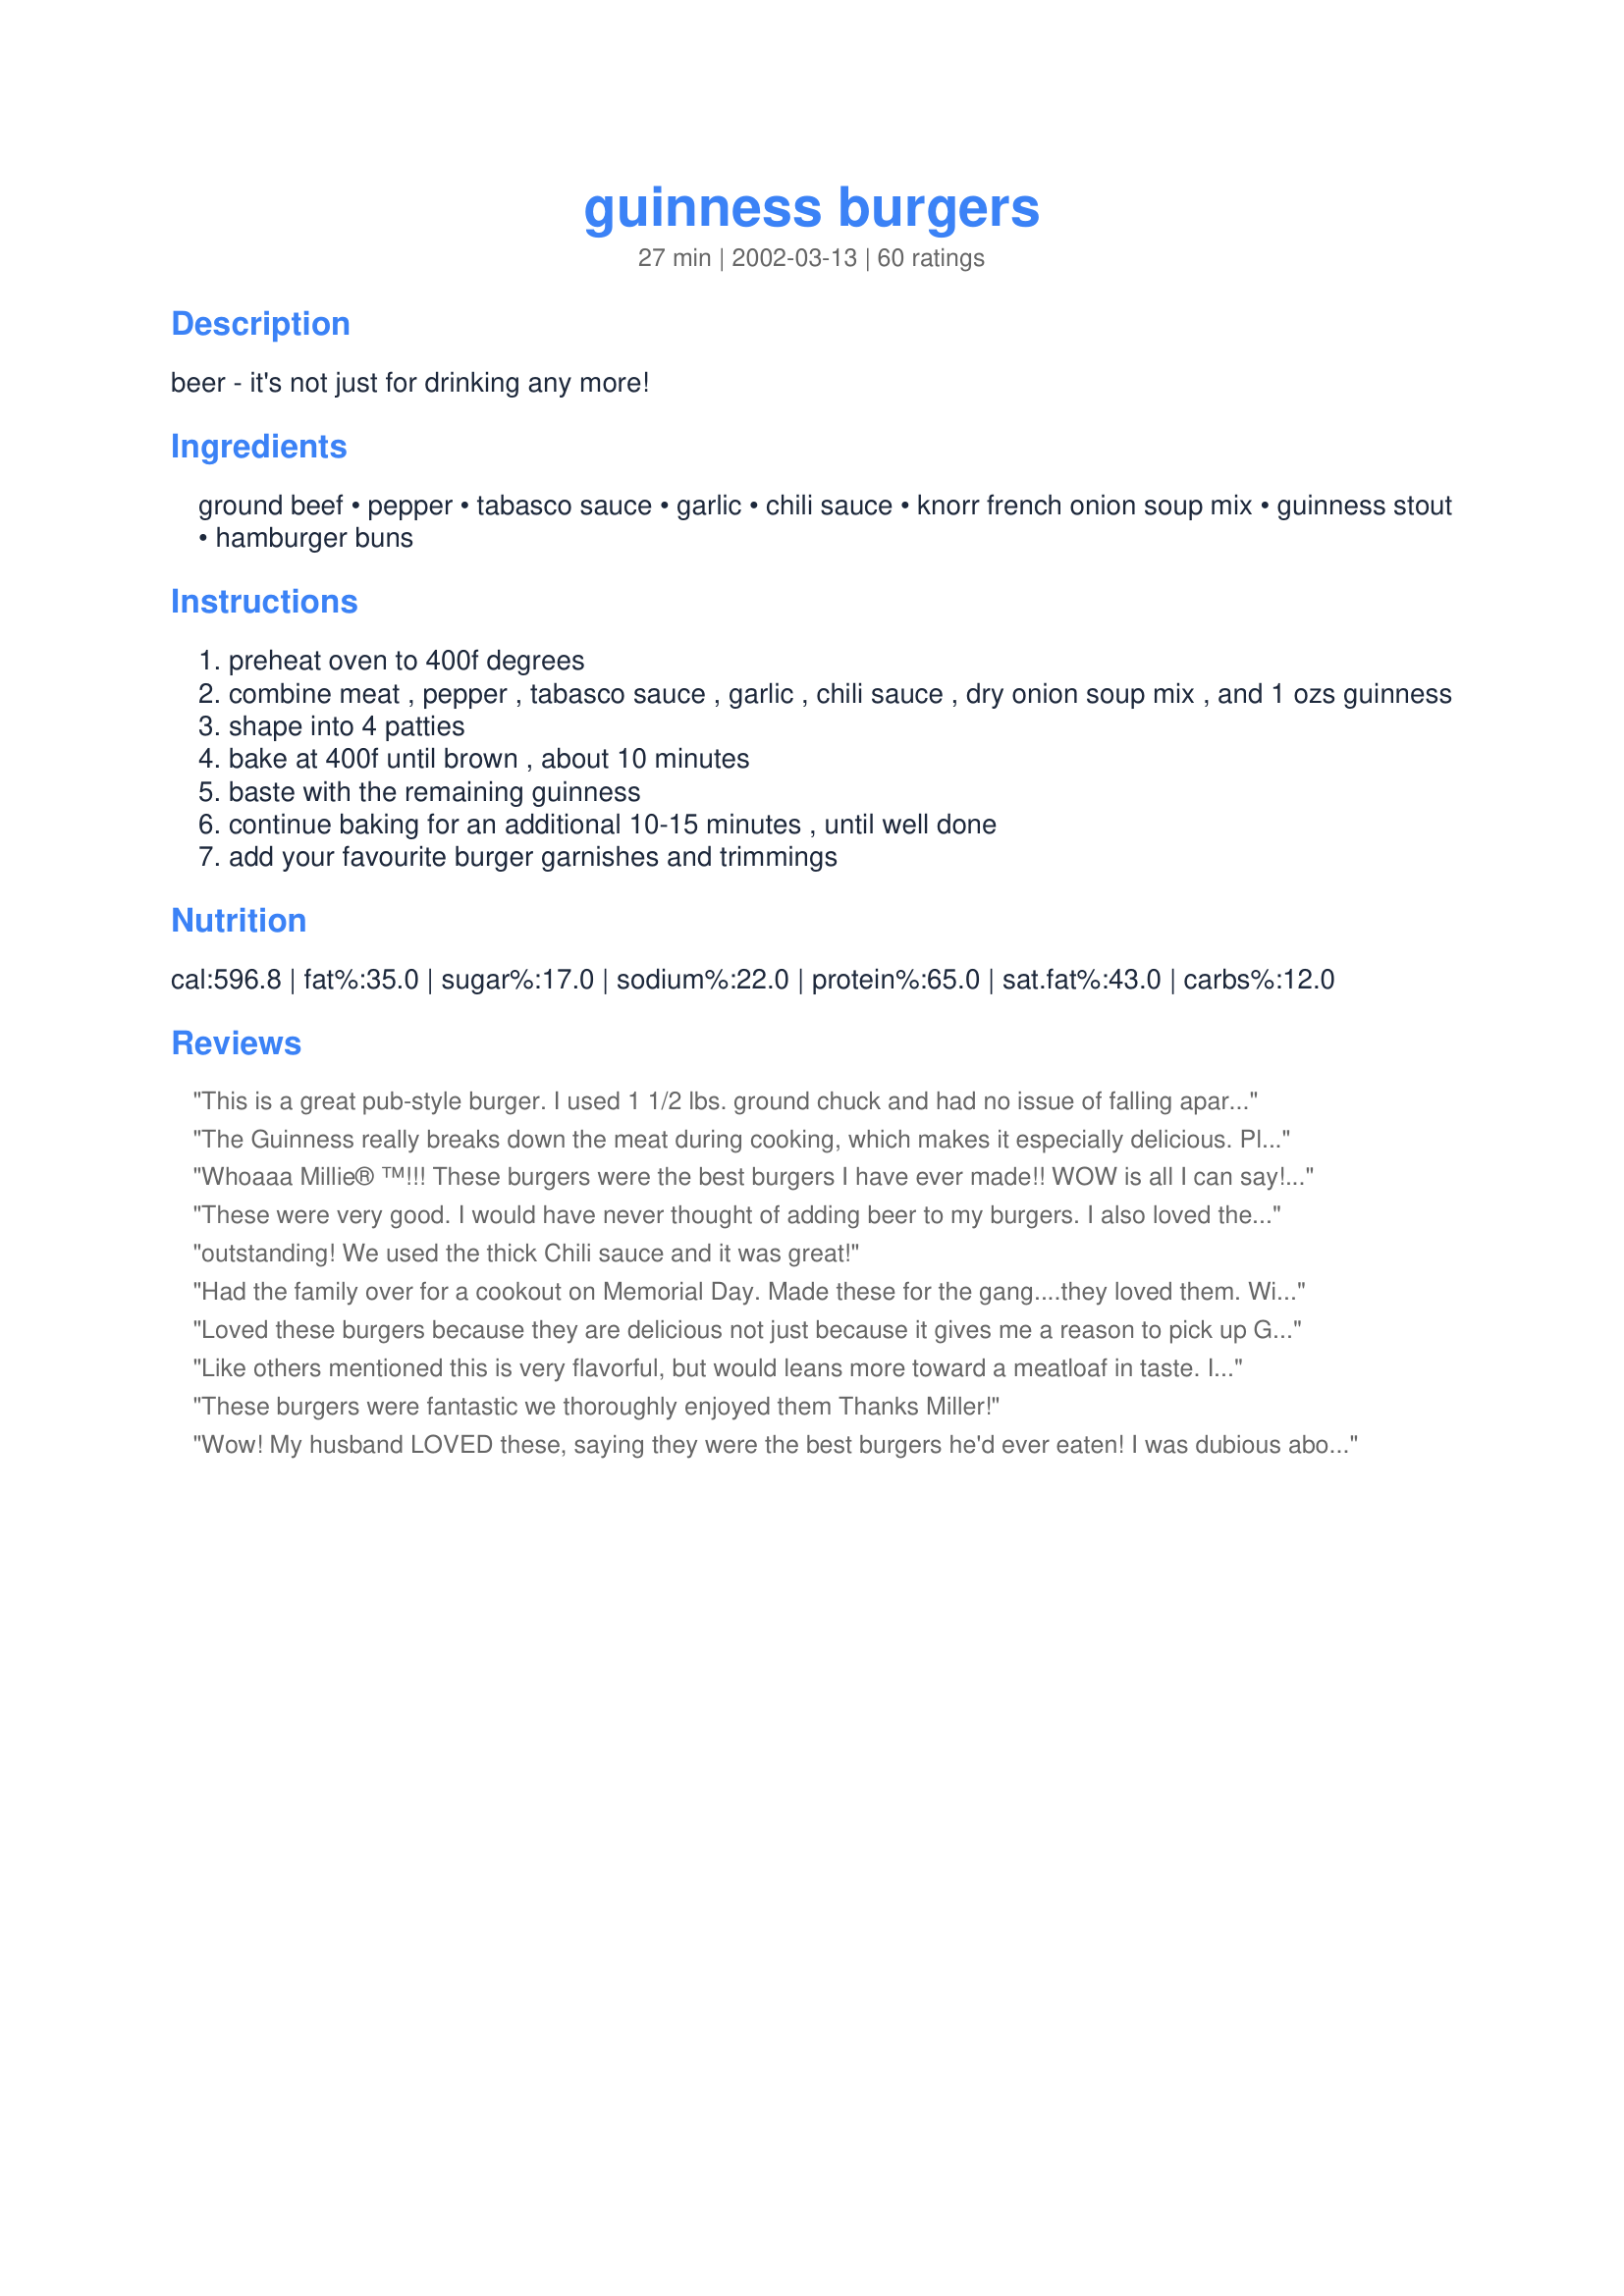
guinness burgers
Preparation time: 27 minutes

beer - it's not just for drinking any more!

Ingredients:
ground beef, pepper, tabasco sauce, garlic, chili sauce, knorr french onion soup mix, guinness stout, hamburger buns

Steps:
preheat oven to 400f degrees
combine meat , pepper , tabasco sauce , garlic , chili sauce , dry onion soup mix , and 1 ozs guinness
shape into 4 patties
bake at 400f until brown , about 10 minutes
baste with the remaining guinness
continue baking for an additional 10-15 minutes , until well done
add your favourite burger garnishes and trimmings

Reviews:
This is a great pub-style burger. I used 1 1/2 lbs. ground chuck and had no issue of falling apart as others have noted. This made a tasty, filling lunch entree and went hand-in-hand with an icy cold Guinness Stout on the side! Thanks Mille! Made for ALL YOU CAN COOK BUFFET 2011.
The Guinness really breaks down the meat during cooking, which makes it especially delicious. Plus when you're done cooking, you have leftover Guinness to drink with your meal (always a plus!)
Whoaaa Millie® ™!!! These burgers were the best burgers I have ever made!! WOW is all I can say! 

I used Lean Ground Turkey instead of beef because I don't eat beef. I also added a 1/4 cup of Spanish Onions (chopped), 2 pinches of crushed chilies, 1 teaspoon McCormick Crushed Garlic (equivalent to 3 cloves of garlic) and 1/2 teaspoon chili powder as I only had Enchilada Sauce and thought the chili powder would give it more pop (and it did)!

The mixture was very, very moist and it stayed together quite well. (I noticed the leaner the ground meat, the better mixture stays together). I fried the burgers in a covered cast iron skillet on medium for 6 minutes each side and thoroughly enjoyed the juiciest, best tasting burgers I have ever had, hands-down!! The spices even gave the Turkey Burgers the color of ground beef!!

Millie® ™, THANKS for this great recipe and I'll will ALWAYS keep a bottle of Guinness Extra Stout on hand for my burgers from now on!!
These were very good. I would have never thought of adding beer to my burgers. I also loved the flavor of the chili sauce in my meat. The combo of flavors were very good. I grilled them instead of baking but otherwise followed recipe exact. Thank you for another great burger....Stephanie
outstanding! We used the thick Chili sauce and it was great!
Had the family over for a cookout on Memorial Day. Made these for the gang....they loved them.
Will be making them more often. Did them on the grill instead of the oven.....delicious!!!
Loved these burgers because they are delicious not just because it gives me a reason to pick up Gunness ;)
Like others mentioned this is very flavorful, but would leans more toward a meatloaf in taste. I prepped mine a day ahead and they held together well on the grill (because they had time to sit and firm up I think). Will do this next time as a meatloaf in the oven and take the extra guinness, some onions, garlic, beef broth and cream and make a great sauce to serve with it! Thanks for a great recipe!
These burgers were fantastic we thoroughly enjoyed them
Thanks Miller!
Wow! My husband LOVED these, saying they were the best burgers he'd ever eaten! I was dubious about the oven method but it worked wonderfully. Thanks for a new 'regular'!
Great burgers! They were a nice change from the "ordinary" burger! Wouldn't change a thing... and will definitely make again!

Great burger recipe for the grill. I've used Heinz Chili sauce, and I've also used BBQ sauce as suggested from another review. To add a little kick, I added about 1/2 a tablespoon of chili garlic sauce from the local Asian market. Second time I made it, I eyed how much Guinness to add, afraid too much liquid might make it fall apart. Stayed close to the measurement and it turned out great.
OMG! this was the best burger I think I have ever had. Simple to put together and soooo tasty. My honey says this is a definite keeper.We like spicy so I used Franks extra hot sauce along with the tabasco and I also made 3 big patties instead of 4. Holy smokes was it yummy! Added some sharp chedder, bacon and A-1 sauce and I was in love. My boyfriend had 2!
WOW!!! Wonderful flavor not overpowering. I used a Chinese garlic chili sauce and bbq the meat instead of baking. Even fussing kids ate all of their food. Will use again and again. Thanks.
Good flavor. Refrigerated mix for 10 min. to let the liquid absorb into the soup mix. Cooked 5 min. on foil on the grill then 5 min. off to get a char-broiled type burger.
I was excited to try this simple recipe based on the reviews but was pretty disappointed with the result. They weren't bad burgers, but all you can taste is the chili (sriracha) sauce. The taste of Guinness is nowhere to be found. If I were to make them again, I would use maybe 2 Tbsp of chili sauce and omit the tobacco altogether because it doesn't add anything that the chili sauce isn't already adding.
These were a fun treat for St. Patricks day ! We had Guinness as our beverage as well and my fam loved it all. Thanks for sharing this keeper. Oh yes... I could not find the Knorr soup mix and just used the Walmart brand... tasted great.
Not as much Guinness taste as I would have liked.. for me the garlic was most noticeable. Followed recipe, added in breadcrumbs to avoid the "falling apart" consistency of other reviewers, and baked for about 20 minutes. Delicious burgers! Will try to add more beer next time.
This burger & photos are caringly dedicated to Miller - a member who for years posted excellent recipes that are here as his legacy to Zaar. I made this recipe 6 years ago and at that time I made some changes it was very good- this time I made it as written cut back to one burger.and it was excellent .-Juicy and tasty- The Guinness gives a special flavor - Definitely will make it again
Wow, this was excellent. I was a little worried about the "falling apart" comments so I made them a few hours ahead and refrigerated until cooking. I had planned to grill them but discovered the propane tank was empty so I cooked them on stove top. They held together nicely and were so juicey and flavorful.
These are WONDERFUL, simple burgers. Threw these babies on the grill with some corn on the cob, and fried up some homemade french fries. BH says these are the best bugers he has ever eaten. One bite and he says, "I knew there was a reason I love you."lol. Followed the recipe exactly, but left out the tabasco sauce. Added bonus: enjoying the leftover Guinness while firin' up the grill;)
Thanks Miller!
~Manda
Since I purchased a 1/4 of beef this winter I am always looking for new ways to prepare beef. This was a nice alternative to standard burgers. We grilled ours and they came out perfect. I created a gouda/mushroom/onion cheese sauce to put on top. Yummo!
I, like many other reviewers, had problems with these burgers falling apart. I did everything I could to prevent it- I used a patty press and let them sit in the fridge for 30 mins to set, and they still fell apart. We used turkey instead of beef and the taste was delicious. I, unlike several other reviewers, could taste the beer in the burgers, but they WERE Guinness burgers afterall so this was neither unexpected nor unwelcome. We used Sriracha chili sauce because that's what we had, so it was spicy- not too spicy for us, but I would probably scale it back for guests whose tastes might not be the same as mine. Overall a great recipe- the only change I have is that I think I will scale the beer back a little next time and perhaps throw in a few breadcrumbs in hopes of firming up the burgers just a bit.
I don't know what happened to me with these. They completely fell apart even with the addition of some bread crumbs! I ended up 'scrambling' the whole thing, adding some tomato sauce and trying to pass it off as meat sauce... yikes! Sorry Miller- I don't know have a clue what I did wrong?!
Delicious burgers. Husband adored them, nice and moist, great flavour and very easy to make.
mmmmmmm....these were WONDERFUL. Juicy and tender, with a great flavor. Nothing was overpowering in this at all....the flavors just blended together perfectly.
These were quite tasty burgers! The directions were clear and the finished product delicious. I loved the combination of ingredients in the burgers and they were perfect on toasted buns. Thanks for sharing they made St Patricks Day dinner wonderful!
Super-great burgers. I have nothing much else to add that hasn't already been said. Yes, they were just a little loose but I used a burger press which seemed to help keep the patties from falling apart. My husband cooked them on the grill and they had excellent flavor; very moist and tender. My family and I thought this was an all-around delicious burger.
Hubby went wild for this. Smelled wonderful cooking - couldn't wait for dinner! I think it would make a nice meatloaf. Plenty of juices to make gravy with.
These were &quot;awesome&quot; according to all the kids in the house! I made 12 sliders, was worried they would be too spicy for young palates so used only a couple T of siracha for the chili sauce, skipped the tabasco, and used just over 1/4 cup of beer directly in the patties, skipped the basting while they cooked. Added 1/4 cup of panko bread crumbs to ensure the patties didn&#039;t fall apart, they were plenty hearty. I loved baking these in the oven, normally I do stovetop but oven was so convenient! After flipping patties, added a slice of sharp cheddar, served on http://www.food.com/recipe/homemade-hamburger-buns-bread-machine-80413?photo=374957 homemade buns, and topped with caramelized onions. We were in heaven! I will keep nudging up siracha as I think we would have been fine using a bit closer to the called for amount. Thanks for what will be a new classic in this house!
I haven't made these yet but I was thinking they might be just the thing for St. Patty's Day this month. Thanks for the idea.
I used elk mince and the burgers were wonderful - didn't fall apart and very tasty. I thoroughly recommend this recipe!
Burgers were quite moist and not really "burger" consistency. The flavor was good though, but I probably will not make again.
This recipe has become a staple in my house. We do it at least once a month.

We substitute BBQ sauce for the Chilisauce though, we like that taste better and we dont use chili sauce for any cooking so I would rather use something we always have in the house. Try it!

Either way, super yum with either swiss or cheddar cheese!
These are AWESOME! My husband loves them, and is insisting that I make these to share for a cookout we are attending tonight. This recipe is easy to make ahead of time, and take along in a cooler to grill later.
YUM! I didn't use guiness beer but i did use my favorite beer. I pan fryed these on the stove and served with a salad. I was worried that these seemed a little loose after the addition of the beer but they turned out just fine. Thanks for the great burger recipe miller!
Miller, I've been planning to cook these for the past month, and now I have! These were great. Quick, easy and tasty, we had them with mash and veg, rather than as burgers, but they worked well.
No more DRINKING the Guinness anymore!
Ive been trying to decide how to rate this, and I've settled on just leavign a comment. I did like some other reviewers and didnt cook in the oven. I followed the recipe exactly, except I added in some worchesshire sauce and I used some onion powder in place of the french onion soup mix, because some people in the house dont like the dehydrated onions in things and I didnt want mini meatloaves. My boyfriend, a Guinness drinker (and the onion hater) thought they were good, but my father and I could taste something "off" but I think if I could have used the soup mix, it may have been hidden alittle more.
Miller! These were the BEST burgers! Served them at our July 4th BBQ, and they were a huge hit! They were a bit "loose", but they held together on the grill just fine. Just be sure to use a big spatula, and turn carefully! But the flavor is unbelievable! I don't think my husband will ever want plain burgers again! Definitely a keeper!
Miller, rest your soul, these are great! Unlike some other reviewers, I did not have any trouble keeping them together. I used Heinz chili sauce, which is very thick -- so I think that helps. I followed the instructions exactly, and added 2 chopped green onions. These are the best burgers ever! I made small "slider" size cheeseburgers. They did not have to cook for the entire 10 minutes due to their small size. By all means try these! You will not be disappointed!
--Marla
These burgers were really moist and tasty. I will always make my burgers with guinness now that I have tasted how well it goes with the meat! The taste is what has us rating this so highly. A few things that we didn't quite like was that the hamburger is very close to tasting like meatloaf. I don't know if it is the oven method or the onion soup mix that does it, but somewhere it lost that "burger" quality and leaned more towards meatloaf. Second, they come out of the oven rather grey and unactractive. I believe grilling these or searing them first may correct that. Overall though, it is a flavorful burger that we will make again with a few minor modifications. Thanks for a nice recipe!
This was fantastic!! I made just as the recipe directed, I made just one change, I used 1lb of ground pork and 1lb of ground beef. Fabulous!!
Is there nothing Guinness can not do?! These were great. As others said, they were a bit loose, but held together just fine when cooking. I think next time I may add finely chopped jalapenos into the mix, but these were some of the best burgers I've ever tasted. Thanks Miller.
We made these last night...cooked them on the grill, thankfully I followed one reviewer's advice to put foil on the grill, or they would have been lost!! They were VERY loose, even after I added some breadcrumbs. However, the flavor of them was FANTASTIC!! We will definitely be making these again.
WOW...simply delish!...I grilled rather than baked...but, man, packed with flavor!
Don't know if it's the beer... but everyone loved them!! ;) - Thanks Mille! :)
Mmmmmm....... Simply wonderful! One of the best burgers I've ever had. I wasn't sure if I was suppose to use Mexican chili sauce or Chinese chili sauce. I decided to go with sweet Chinese chili sauce and it had a wonderful taste! I will try Mexican chili sauce next time. I don't think you can go wrong. I also decided to fry these instead of bake. They turned out amazing! Thanks so much!
Ok, I have to admit that this was the strangest burger that I have ever eatten in my life. I am still trying to decided if, I liked it or not. Perhaps, I have to make them again and omit somethings? I put them in the oven as directed but added the Worchester.
These burgers are amazing! We absolutely loved them. They are so juicy and flavorful! I didn't change a thing and they *are* a little wet, I had to watch carefully and make sure to turn when they were "set", but they're certainly worth the effort. DH is an admitted burger freak and he asked that this recipe be saved. Thanks for sharing, we'll be making this one often!
These were delicious! I made them for Father's Day and my DH loved them. They are a little bit looser than a typical burger but I was still able to cook them on the Foreman Grill. They have an excellent flavor and are very tender and juicy. Great recipe!
My husband is a big Guinness fan and he LOVED these! He said it was the first burger he's ever eaten that he didn't have to put anything on. Thanks for sharing!
Great flavor! Made them exactly as written and we loved them! Definitely will be making these again!
This was good. Like the other posters, I thought it tasted more like a "meatloaf" than burger. It has to be because of the soup mix. If you are wondering, there is no beer taste at all. I liked them, but probably would rather drink the beer than pour it on the meat.
5 for taste 4 because they fell apart. Made them twice and second time around I cut the beer down to 1/4 cup. They still tasted awsome and they didn't fall apart. We grill hamburgs at my home. these are wonderful and several friends have also enjoyed this recipe. : )
Fabulous! These made me nervous while I was cooking them but having read the reviews and everyone warning to be very careful with these when flipping and that they are very moist, they came out perfect. I fried them in a cast iron skillet over medium high for about 6 minutes each side. I used 2 cloves of garlic. Topped with tomato, onion, jalapeno cheese, jalapenos and spicy garlic mayo. YummYummYumm! Thanks to Miller, and the helpful reviews!
Mmmmmmm! Definitly a 5 star burger!! Used Amber Bock instead of the Guinness though, but I think the intended flavor still came out just fine. Thanks for a new twist on an old stand-by.
Wonderful flavor - I'll definitely be making these again. Word of warning, though - I made mine in a George Foreman grill and it REALLY flattened them out. Didn't stop us from being pigs, but they were very flat. Next time I'll broil or grill them.
Excellent! We really loved these burgers. I omitted the tabasco sauce, doubled the garlic and I also put more chili sauce. My burgers didn't fall apart at all, but it could be that I added 2-3tbsp of oats to it. I always do that when making burgers. Thanks!
This is a great recipe! My pantry had onion/mushroom soup mix and light beer. These burgers still turned out very good! This is a recipe that will be used again in our house. Thanks for sharing!
